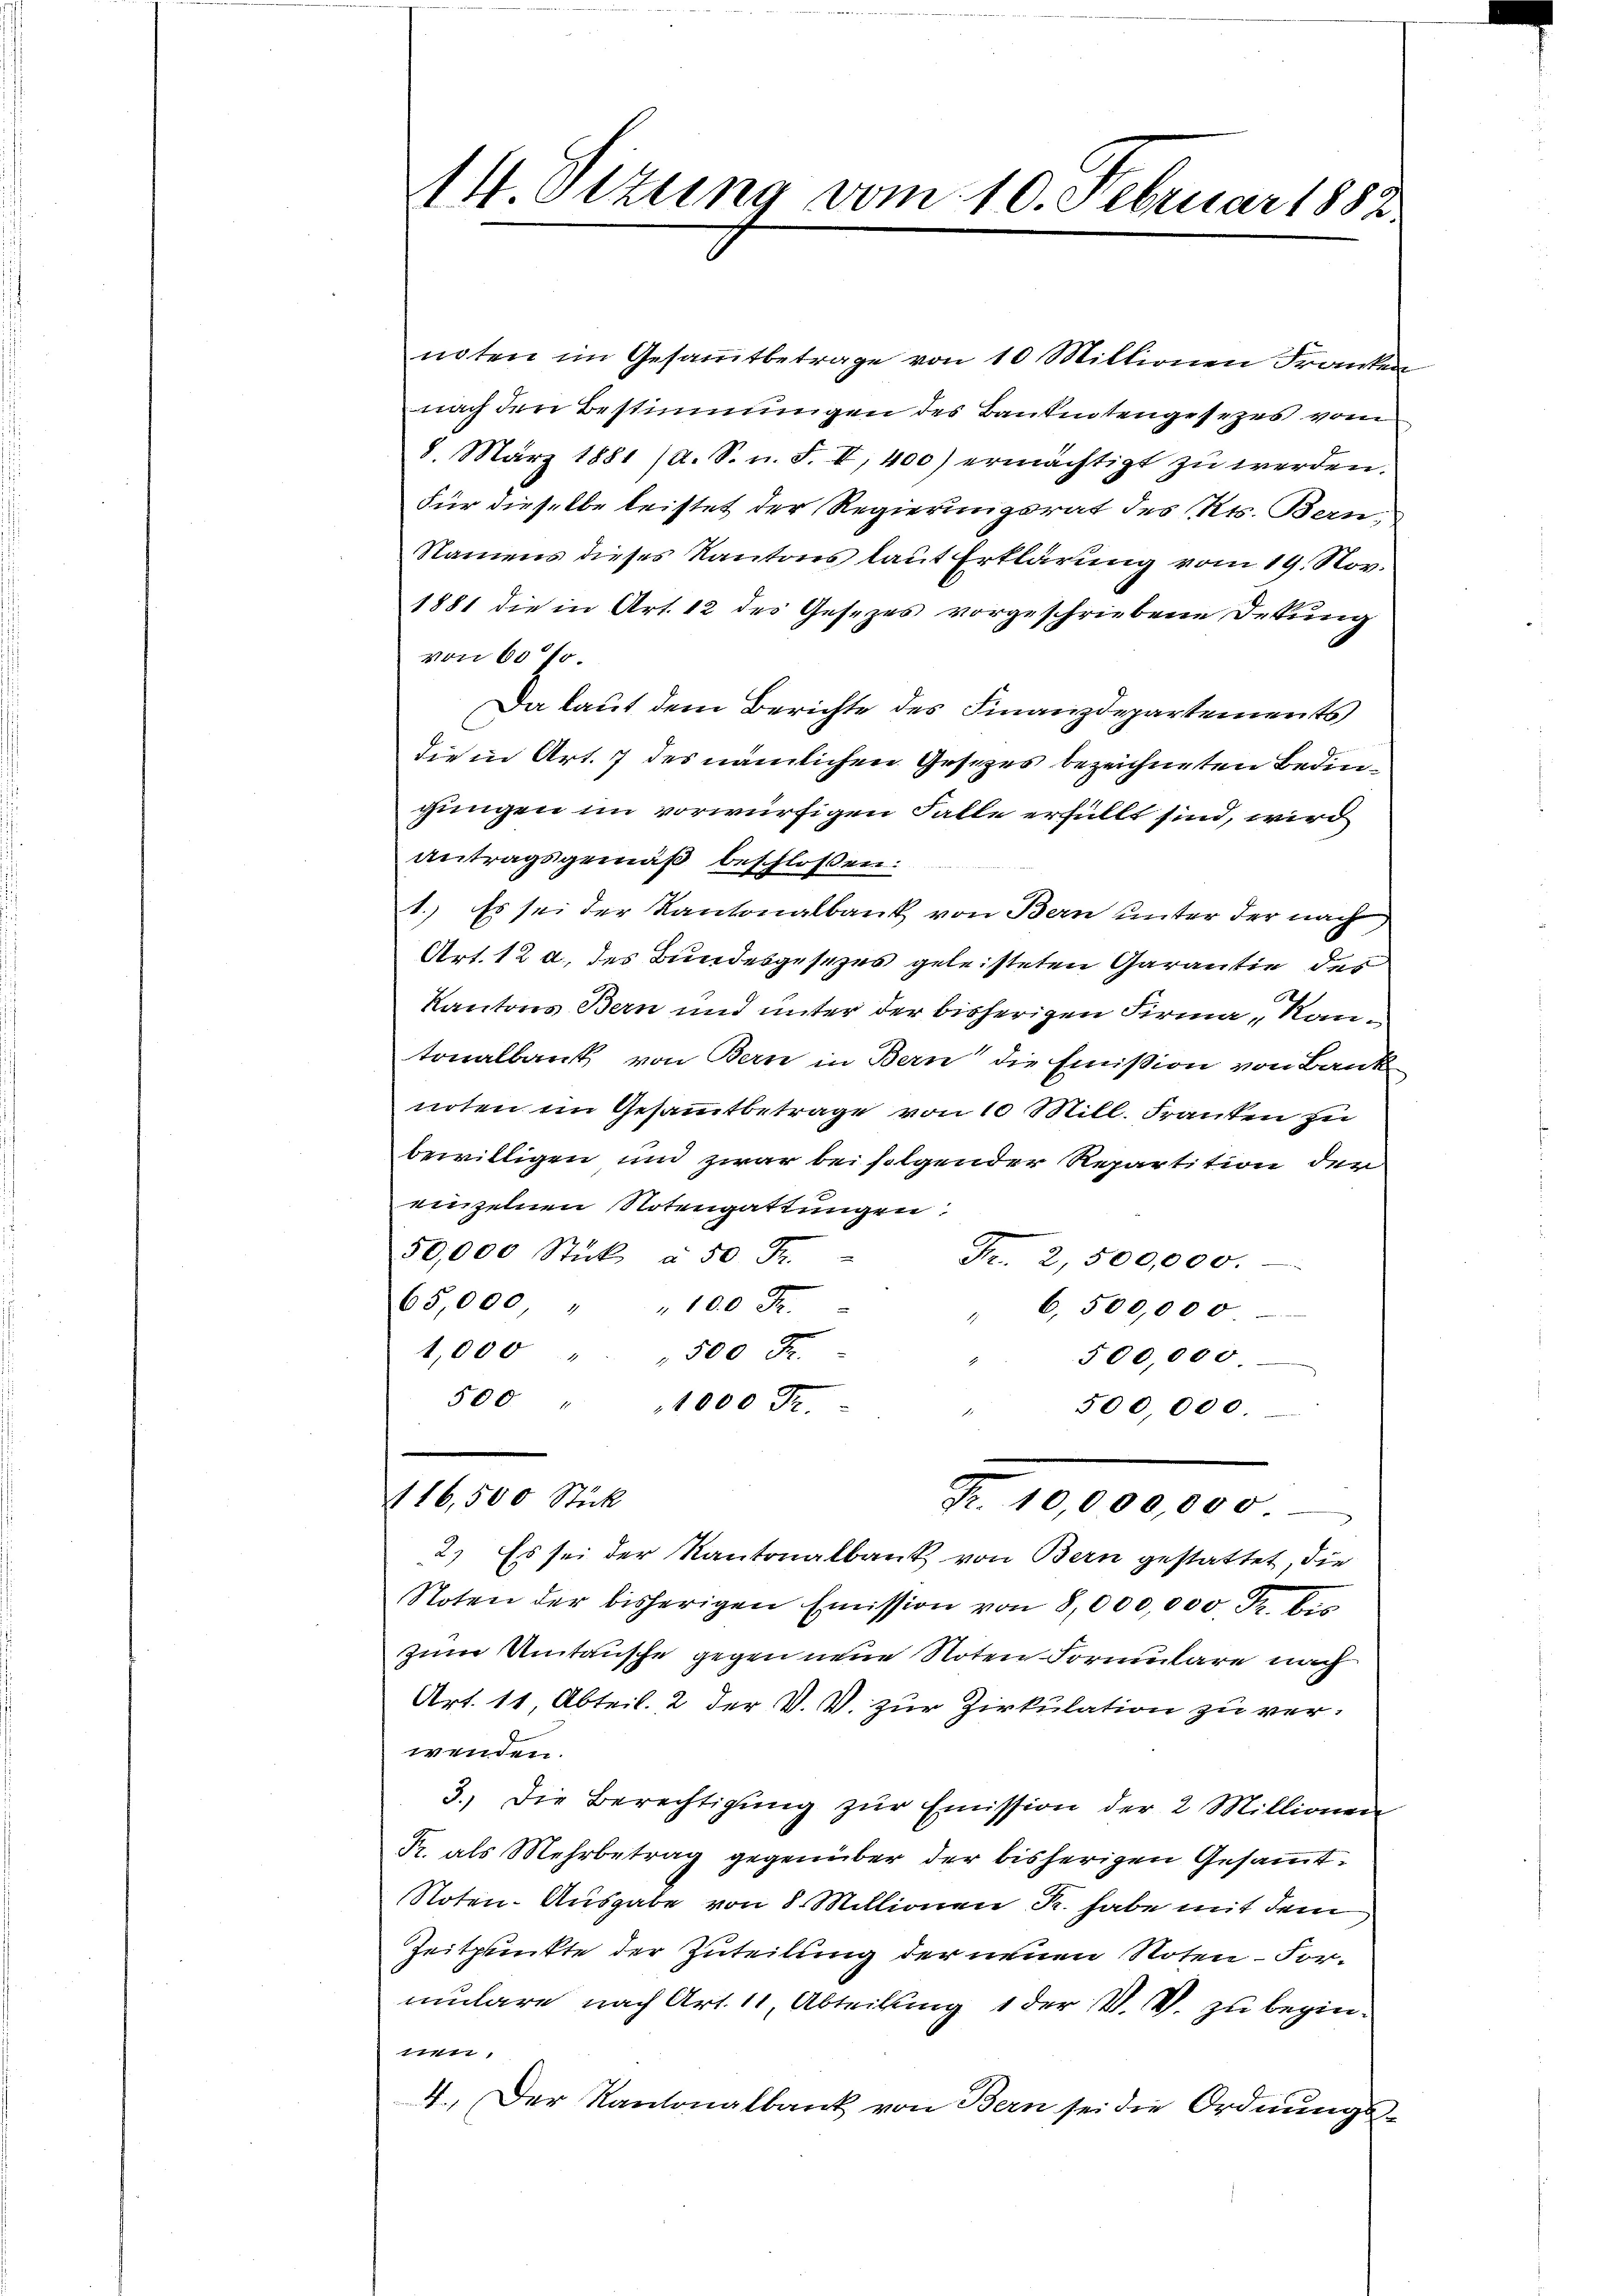
14. Ottung vom 10. Februar 1882.

noten im Gesammtbetrage von 10 Millionen Franken
nach den Bestimmungen des Bautentengesetzes vom
8. März 1881 (A. S. n. F. II, 400) ermächtigt zu werden.
Für dieselbe leistet der Regierungsrat des Kts. Bern,
Namens dieses Kantons laut Erklärung vom 19. Nov.
1881 die in Art. 12 des Gesezes vorgeschriebene Dekung
von 60 f.
Da laut dem Berichte des Finanzdepartements
die in Art. 7 des nämlichen Gesetzes bezeichneten Bedingungen im vorwürfigen Falle erfüllt sind, wird
Antragsgemäß beschloßen:
1.) Es sei der Kantonalbank von Bern unter der nach
Art. 12 a. des Bundesgesezes geleisteten Garantie des
Kantons Bern und unter der bisherigen Firma „Kantonalbank von Bern in Bern die Emission von Bank
noten im Gesammtbetrage von 10 Mill. Franken zu
bewilligen und zwar bei folgender Repartition den
einzelnen Notengattungen:
50,000 Stück à 50 Fr.
Fr. 2,500,000.
65,000 " " 100 Fr.
" 6,500,000
1,000 " " 500 F
500,000
500 " " 1000 Fr.
500,000.
e
116,500 Stück
Fr. 10,000,000
2.) Es sei der Kantonalbank von Bern gestattet, die
Noten der bisherigen Emission von 8,000,000 Fr. bis
zum Untausche gegen neue Noten Formulare nach
Art. 11 Abteil. 2 der V. V. zur Zirkulation zu verwenden.
3.) Die Berechtigŭng zŭr Emission der 2 Millionen
Fr. als Mehrbetrag gegenüber der bisherigen Gesammt¬
Noten-Ausgabe von 8 Millionen R. habe mit dem
Zeitpunkte der Zuteilung der neuen Noten-Formulare nach Art. 11, Abteilung 1 der VV. zu begin¬
11,
4. Der Kantonalbank von Bern sei die Ordnŭngs-